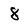
Character: 8